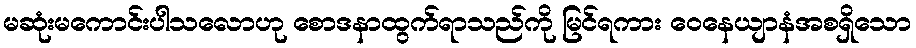
မဆုံးမကောင်းပါသလောဟု စောဒနာထွက်ရာသည်ကို မြင်ရကား ဝေနေယျာနံအစရှိသော